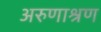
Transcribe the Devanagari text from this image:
अरुणाश्रण